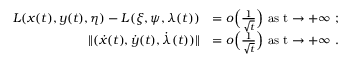
\begin{array} { r l } { L ( x ( t ) , y ( t ) , \eta ) - L ( \xi , \psi , \lambda ( t ) ) } & { = o \Big ( \frac { 1 } { \sqrt { t } } \Big ) \ \mathrm { a s ~ t \to + \infty ~ } ; } \\ { \lVert ( \dot { x } ( t ) , \dot { y } ( t ) , \dot { \lambda } ( t ) ) \rVert } & { = o \Big ( \frac { 1 } { \sqrt { t } } \Big ) \ \mathrm { a s ~ t \to + \infty ~ } . } \end{array}